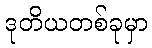
ဒုတိယတစ်ခုမှာ